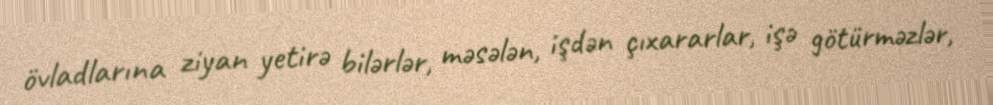
övladlarına ziyan yetirə bilərlər, məsələn, işdən çıxararlar, işə götürməzlər,